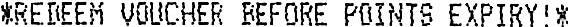
*REDEEM VOUCHER BEFORE POINTS EXPIRY!*